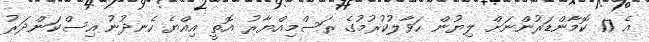
އެ 17 ކޮމާންޑަރުންނަށް ލިޔުން ހަވާލުކުރުމުގެ ރަސްމިއްޔާރު އޮތީ އިއްޔެ ހެނދުނު އިސްކަންދަރު